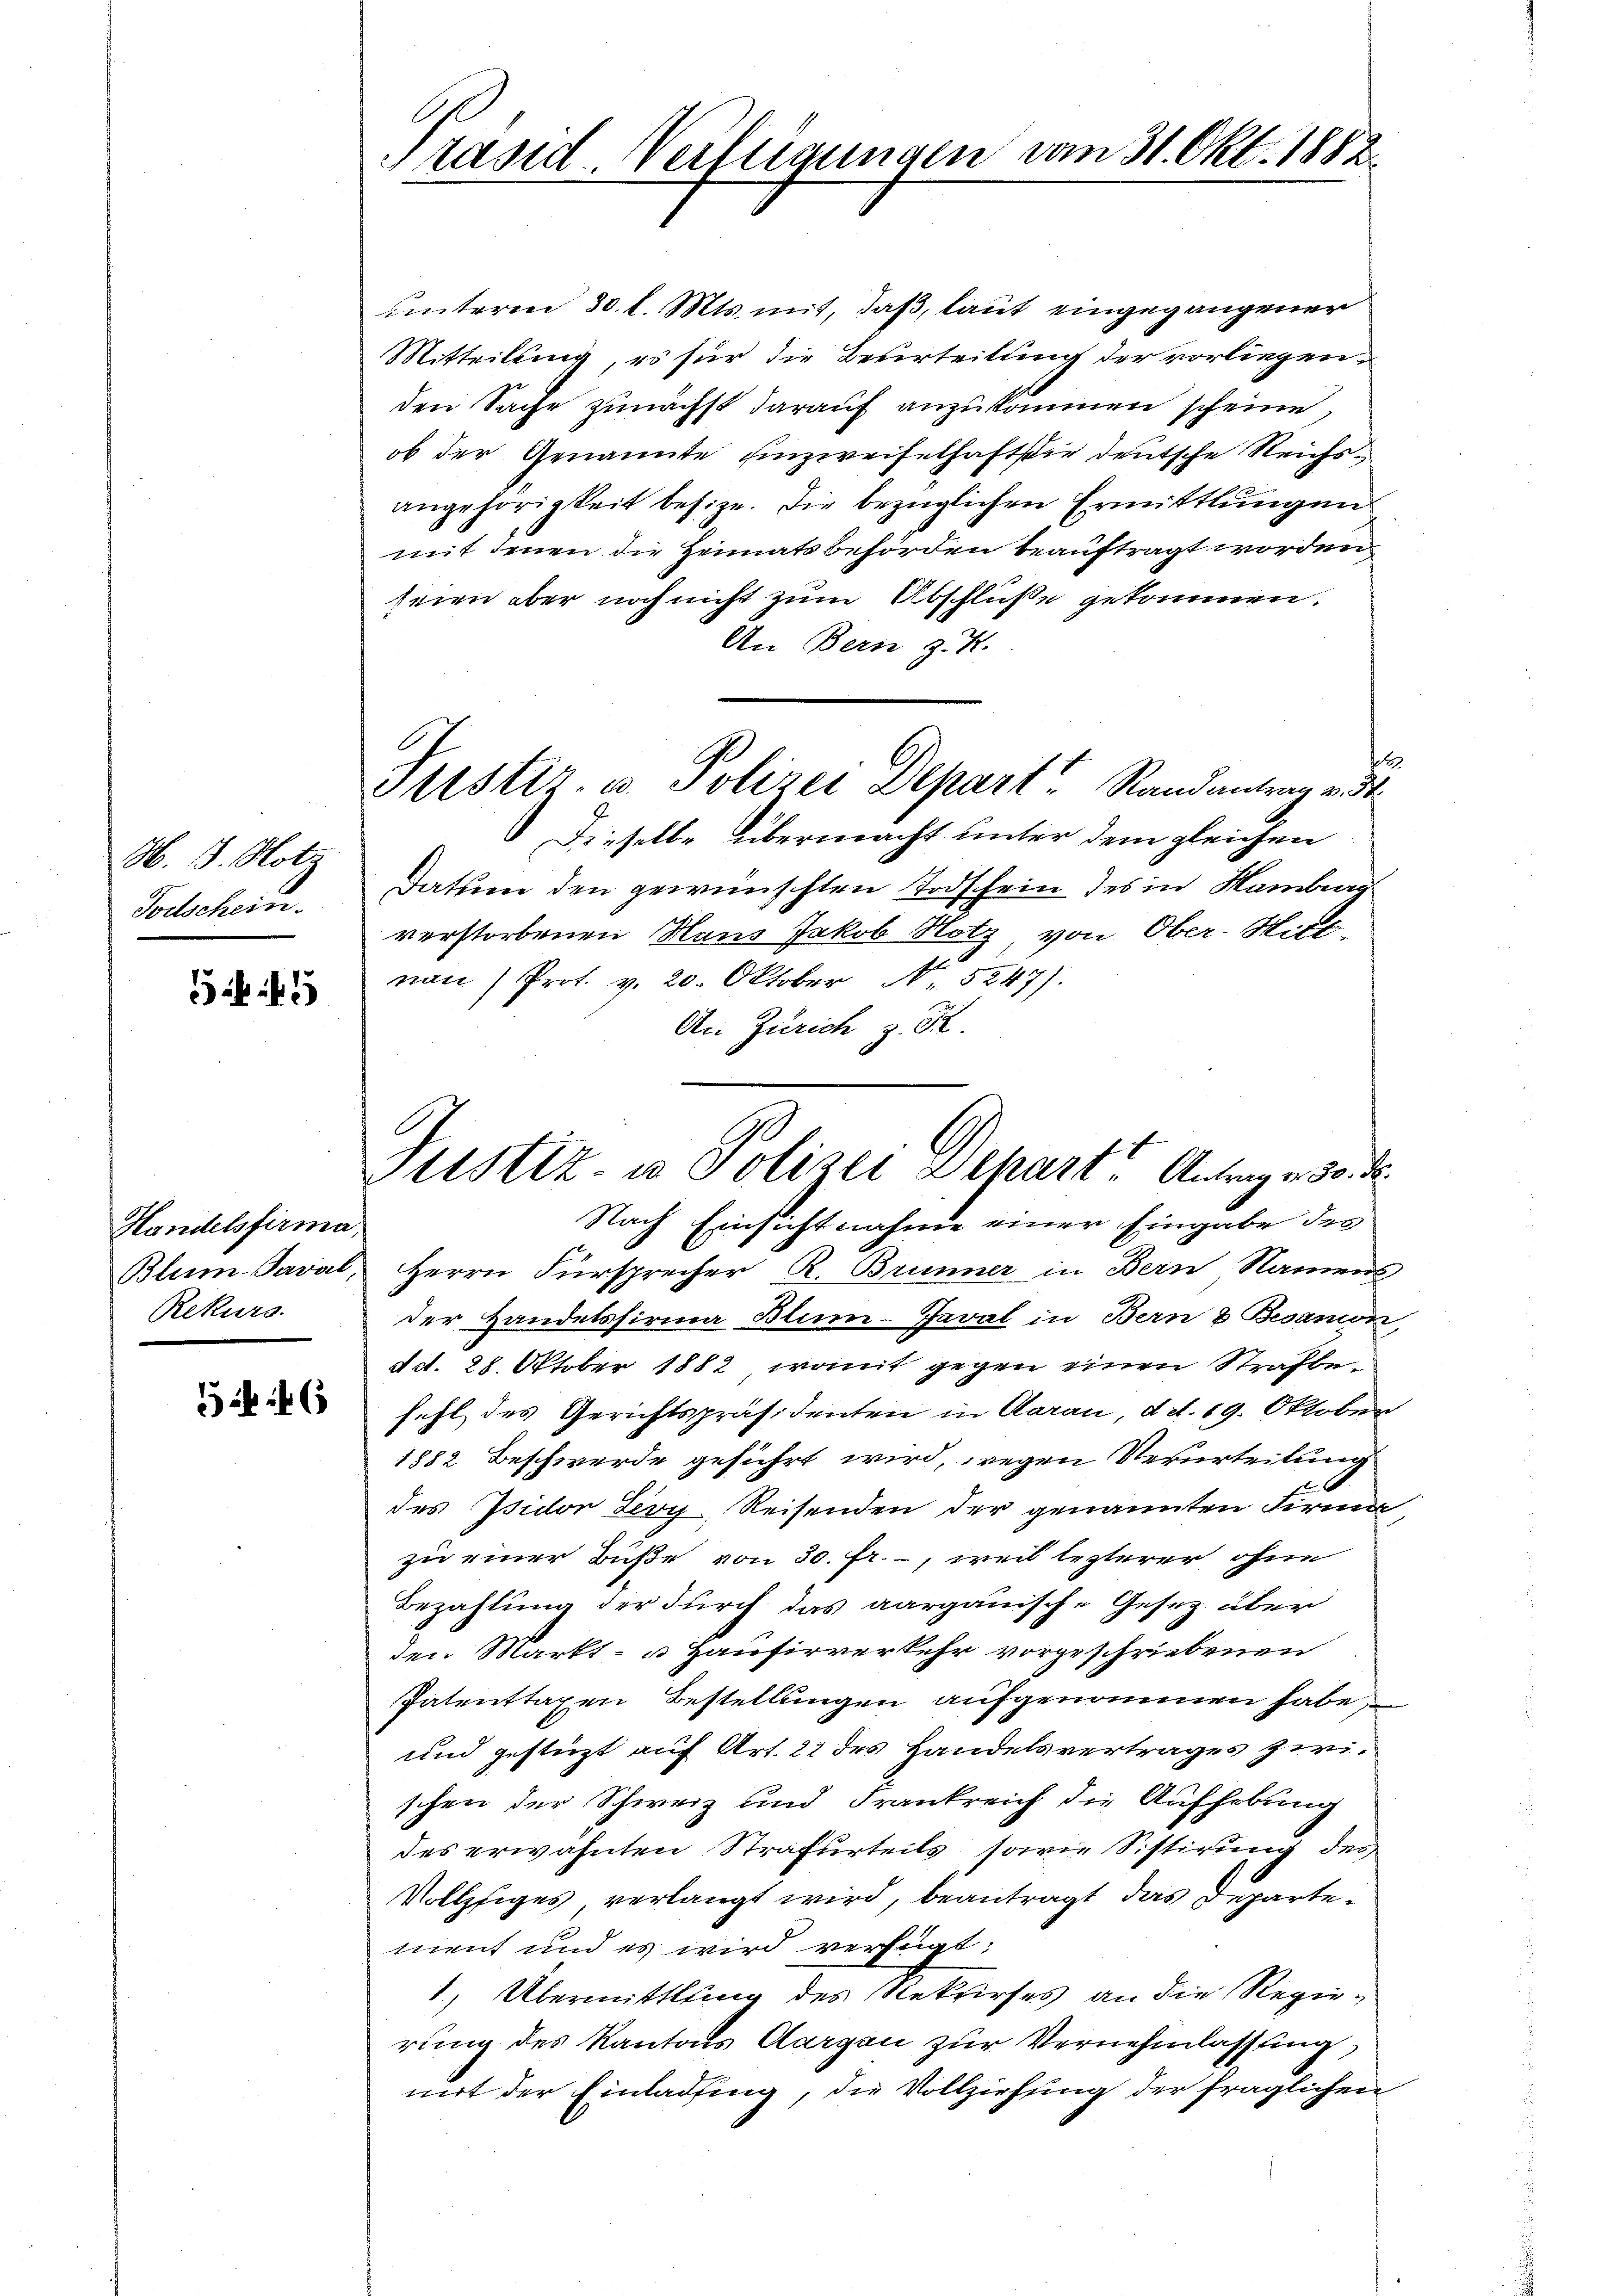
H. 18. Not.
Todschein.

45

Handelsfirma
Rekurs.

46

Präsid Verfügungen vom 31. Okt. 1882

unterm 30. l. Mts. mit, daß, laut eingegangener
Mitteilung, es für die Beurteilung der vorliegen,
den Sache zunächst darauf anzukommen scheine,
ob der Genannte Einzweifelhaft sie deutsche Reichsangehörigkeit besize. Die bezüglichen Ermittlungen
mit denen die Heimatsbehörden beauftragt worden
seien aber noch nicht zum Abschlüße gekommen.
An Bern z. K.
.
Frister. u. Polizei Depart Randantrag v. d
Dieselbe übermacht unter dem gleichen
Datum den gewünschten Todschein des in Hamburg
verstorbenen Haus Jakob Nötz, von Ober-Wirt-
nau) Prot. v. 20. Oktober N. 5247).
An Zürich z. R.
Nach Einsichtnahme einer Eingabe des
Blain Saval, Herrn Fürsprecher R. Brunner in Bern Namens
der Handelsfirma Blum-Javal in Bern & Besanon
d d. 28. Oktober 1882, womit gegen einen Strafbefehl des Gerichtspräsidenten in Aarau, d. d. 19. Oktober
1882 Beschwerde geführt wird, wegen Verurteilung
des Isidor Leoy, Reisenden der genannten Firma
zu einer Buße von 30. fr., weil lezterer ohne
Bezahlung der durch das aargauische Gesetz über
den Markt- u Hausirverkehr vorgeschriebenen
Patenttaxen Bestellungen aufgenommen habe,
und gestüzt auf Art. 21 des Handelsvertrages zwischen der Schweiz und Frankreich die Aufhebung
des erwähnten Strafurteils sowie Sistirung des
Vollzsiges verlangt wird, beantragt, das Departement und es wird verfügt:
1) Übermittlung des Rekurses an die Regierung des Kantons Aargau zur Vernehmlassung
mit der Einladung, die Vollziehung der fraglichen

Justiz- u Polizei Schart. Antrag v. 30. d.